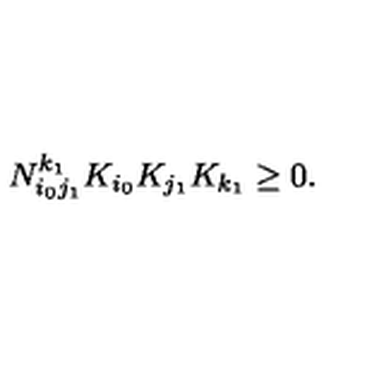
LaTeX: N _ { i _ { 0 } j _ { 1 } } ^ { k _ { 1 } } K _ { i _ { 0 } } K _ { j _ { 1 } } K _ { k _ { 1 } } \geq 0 .